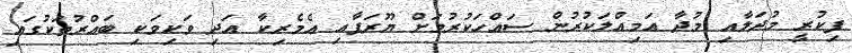
ފިކުރީ މުދަލާއި މުދާ އަމިއްލަކުރުން ސައްހަކުރުމަށް ޔޫރަޕާއި އެމެރިކާ އަދި ވަކިވަކި ބައްރުތަކުގައި